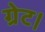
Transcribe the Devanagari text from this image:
ग्रेट।